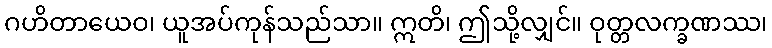
ဂဟိတာယေဝ၊ ယူအပ်ကုန်သည်သာ။ ဣတိ၊ ဤသို့လျှင်။ ဝုတ္တလက္ခဏဿ၊